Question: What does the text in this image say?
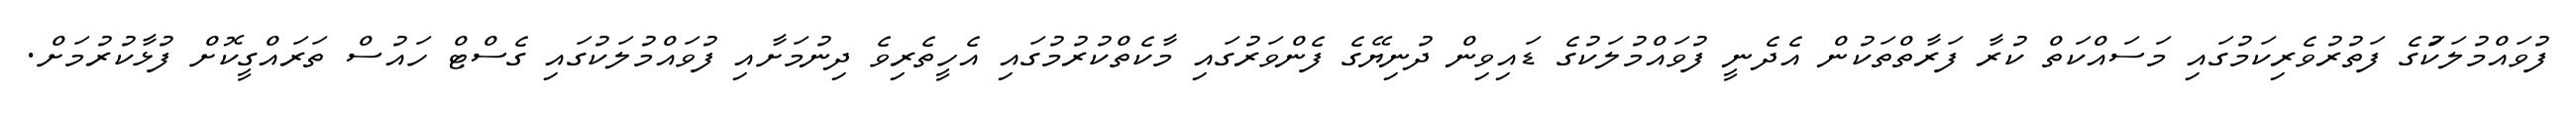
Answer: ފުވައްމުލަކުަގެ ފަތުރުވެރިކަމުގައި މަސައްކަތް ކުރާ ފަރާތްތަކުން އެދެނީ ފުވައްމުލަކުގެ ޑައިވިން ދުނިޔޭގެ ފެންވަރުގައި މާކެތްކުރުމުގައި އެހީތެރިވެ ދިނުމަށާއި ފުވައްމުލަކުގައި ގެސްޓް ހައުސް ތަރައްގީކޮށް ފުޅާކުރުމަށް.